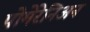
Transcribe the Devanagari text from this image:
पोमेरेनिअन